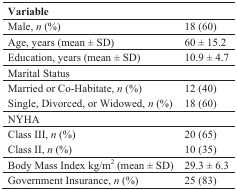
| <COLSPAN=2> Variable |
 | --- | --- |
 | Male, n (%) | 18 (60) |
 | Age, years (mean ± SD) | 60 ± 15.2 |
 | Education, years (mean ± SD) | 10.9 ± 4.7 |
 | Marital Status |  |
 | Married or Co-Habitate, n (%) | 12 (40) |
 | Single, Divorced, or Widowed, n (%) | 18 (60) |
 | NYHA |  |
 | Class III, n (%) | 20 (65) |
 | Class II, n (%) | 10 (35) |
 | Body Mass Index kg/m2 (mean ± SD) | 29.3 ± 6.3 |
 | Government Insurance, n (%) | 25 (83) |